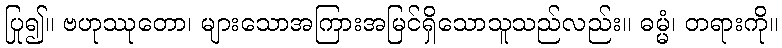
ပြု၍။ ဗဟုဿုတော၊ များသောအကြားအမြင်ရှိသောသူသည်လည်း။ ဓမ္မံ၊ တရားကို။